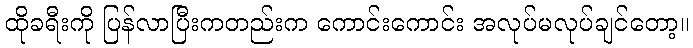
ထိုခရီးကို ပြန်လာပြီးကတည်းက ကောင်းကောင်း အလုပ်မလုပ်ချင်တော့။